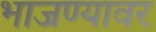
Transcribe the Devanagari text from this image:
भाजण्यावर